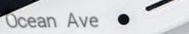
Ocean Ave